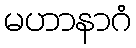
မဟာနာဂံ